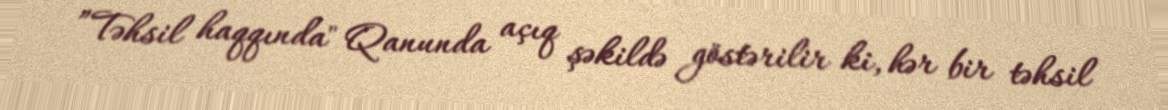
”Təhsil haqqında" Qanunda açıq şəkildə göstərilir ki, hər bir təhsil